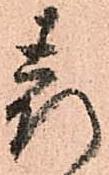
表